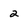
Character: 2